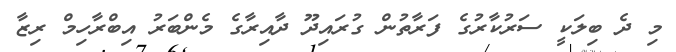
މި ދެ ބިލަކީ ސަރުކާރުގެ ފަރާތުން ގުރައިދޫ ދާއިރާގެ މެންބަރު އިބްރާހިމް ރިޒާ